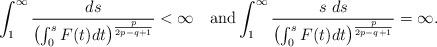
LaTeX: \begin{align*}\int_{1}^{\infty}\frac{ds}{\left(\int_{0}^{s}F(t)dt\right)^{\frac{p}{2p-q+1}}} <\infty\quad\mbox{and} \int_{1}^{\infty}\frac{s\ ds}{\left(\int_{0}^{s}F(t)dt\right)^{\frac{p}{2p-q+1}}}=\infty.\end{align*}